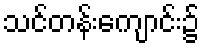
သင်တန်းကျောင်း၌